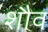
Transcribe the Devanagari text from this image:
शौव